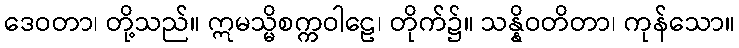
ဒေဝတာ၊ တို့သည်။ ဣမသ္မိစက္ကဝါဠေ၊ တိုက်၌။ သန္နိဝတိတာ၊ ကုန်သော။